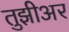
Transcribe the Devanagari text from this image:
तुझीअर